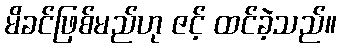
မိခင်ဖြစ်မည်ဟု ဇင့် ထင်ခဲ့သည်။